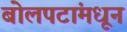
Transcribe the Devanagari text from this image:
बोलपटांमधून